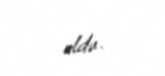
oldu.